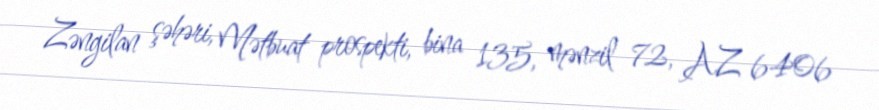
Zəngilan şəhəri, Mətbuat prospekti, bina 135, mənzil 72, AZ 6406